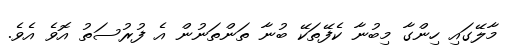
މާލޭގައި ހިންގާ މިބުނާ ކެފޭތަކޭ ބުނާ ތަންތަނުން އެ ފުރުސަތު އޮވެ އެވެ.